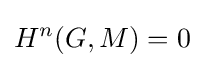
H^{n}(G,M)=0